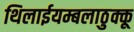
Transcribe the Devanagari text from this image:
थिलाईयम्बलाठुक्कू